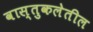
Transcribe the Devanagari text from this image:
वास्तुकलेतील